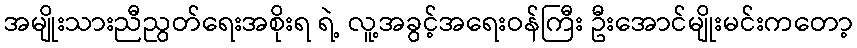
အမျိုးသားညီညွတ်ရေးအစိုးရ ရဲ့ လူ့အခွင့်အရေးဝန်ကြီး ဦးအောင်မျိုးမင်းကတော့